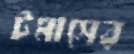
টমাসের